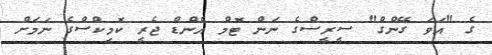
ގެ "އަވަ ގޭންގް" ސީރީސްގެ ނަން ޓޮމް އެންޑް ޖެރީ ކޮމިކްސްގެ ނަމަށް